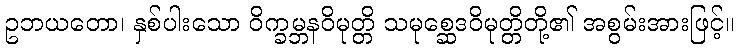
ဥဘယတော၊ နှစ်ပါးသော ဝိက္ခမ္ဘနဝိမုတ္တိ သမုစ္ဆေဒဝိမုတ္တိတို့၏ အစွမ်းအားဖြင့်။